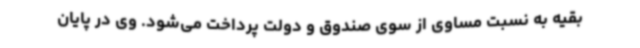
بقیه به نسبت مساوی از سوی صندوق و دولت پرداخت می‌شود. وی در پایان